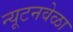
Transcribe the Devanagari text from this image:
न्यूटनवेळा